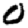
Digit: 0